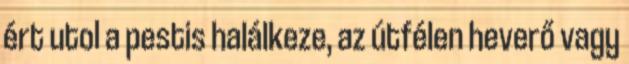
ért utol a pestis halálkeze, az útfélen heverő vagy